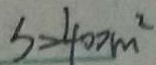
S = 4 0 0 m ^ { 2 }